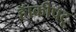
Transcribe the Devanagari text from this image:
हॅाकीपटू